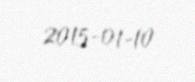
2015-01-10